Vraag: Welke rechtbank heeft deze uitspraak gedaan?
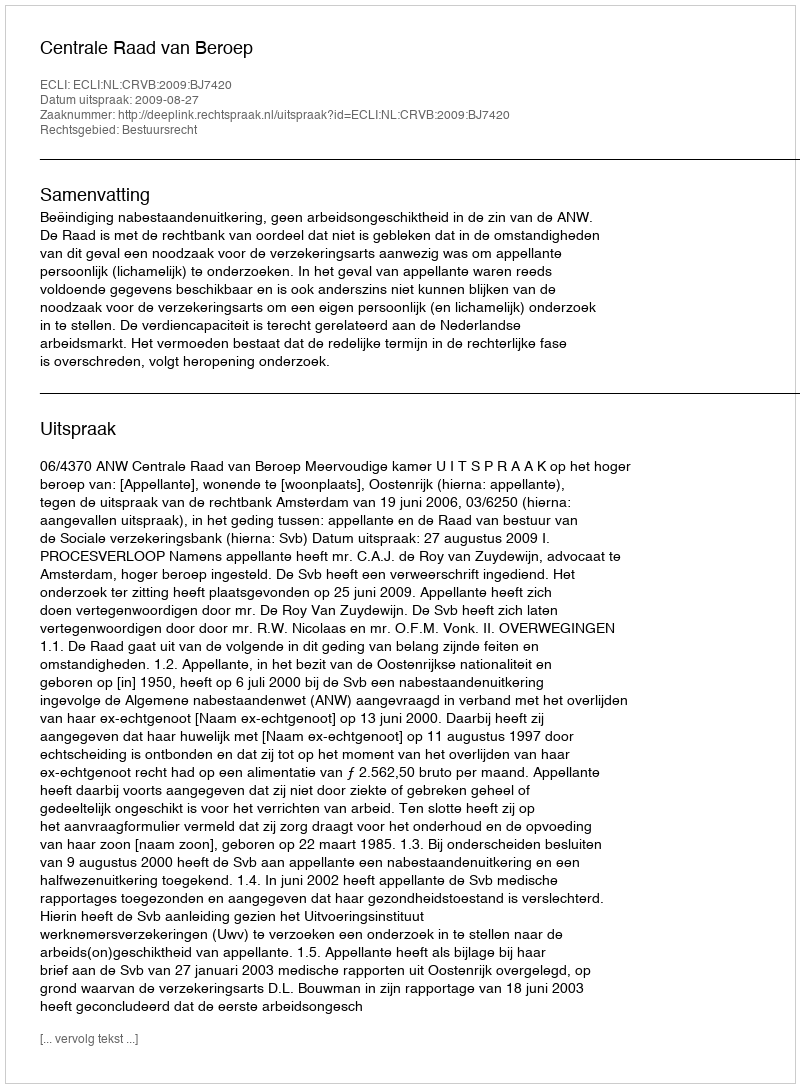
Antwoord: Centrale Raad van Beroep